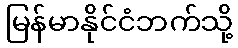
မြန်မာနိုင်ငံဘက်သို့